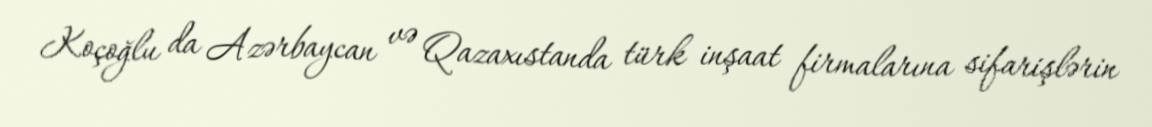
Koçoğlu da Azərbaycan və Qazaxıstanda türk inşaat firmalarına sifarişlərin